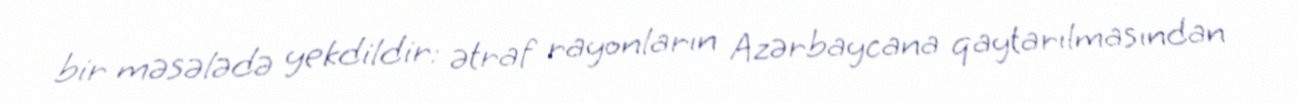
bir məsələdə yekdildir: ətraf rayonların Azərbaycana qaytarılmasından